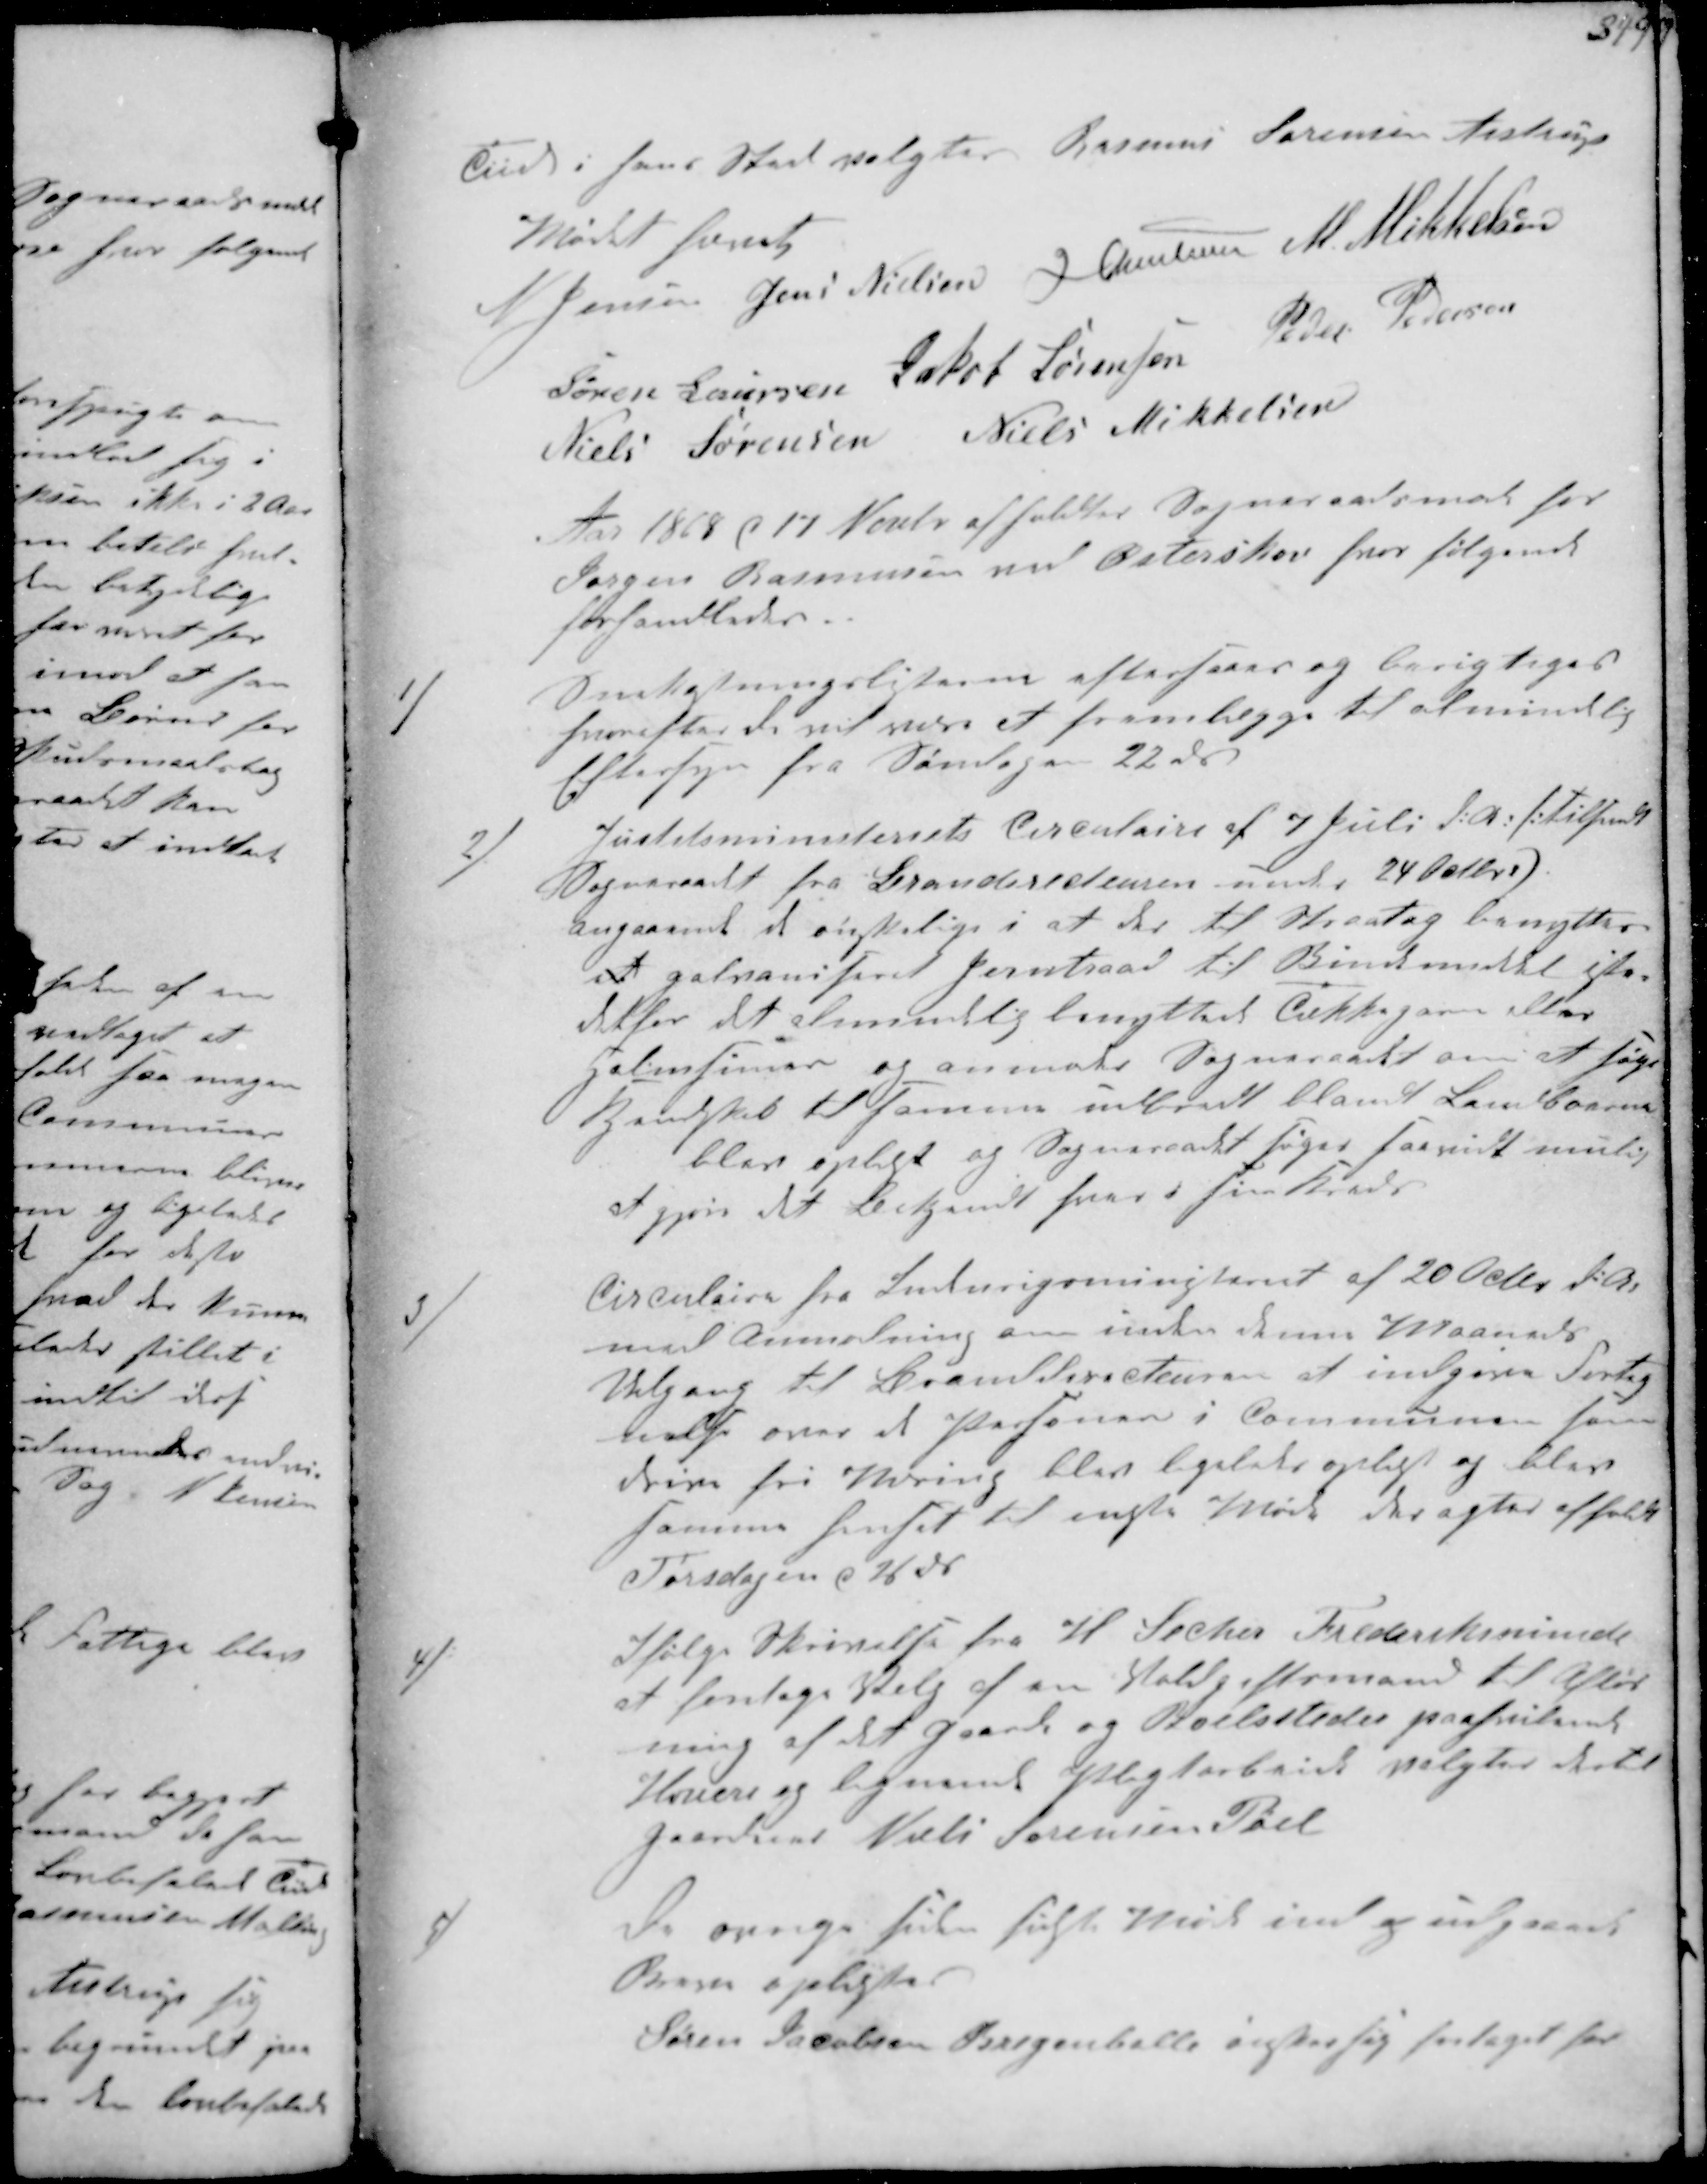
Transskription:
Tiid i hans Sted valgtes Rasmus Sørensen Ajstrup
Mødet hævet
N Jensen Jens Nielsen J Christensen M. Mikkelsen
Søren Laursen Jacob Sørensen Peder Pedersen
Niels Sørensen Niels Mikkelsen
Aar 1868 d 17 Novbr afholdtes Sogneraadsmøde hos
Jørgen Rasmussen ved Østerskov hvor følgende
forhandledes.

1/
Snekastningslisterne eftersaaes og berigtiges
hvorefter de vil være at fremlægge til almindelig
Eftersyn fra Søndagen 22 ds
2/
Justitsministeriets Circulaire af 7 Juli d.A. tilsendt
Sogneraadet fra Brandmesteren under 24 Octbr 
angaaende et ønskelige i at der til Hverdag benyttes
en galvaniseret Jerntraad til Bindemiddel iste-
det for det almindelig benyttede Cikkagarn eller
Halmsimer og anmode Sogneraadet om at søge
Kjendskab til samme indhold blandt Landboerne
blev oplæst og Sogneraadet søger saavidt mulig
at gjøre det bekjendt hver i sin Kreds
3/
Circulaire fra Indenrigsministeriet af 20 Octbr d.A.
med Anmodning om inden denne Maaneds
Udgang til Brand Directeuren at indgive Forteg-
nelse over de Personer i Kommunen som
driver fri Næring blev ligeledes oplæst og blev
samme henset til næste Møde der agtes afholdt
Torsdagen d 26 ds
4/
Ifølge Skrivelse fra Hr Secher Frederiksminde
at foretage Valg af en Volgiftsmand til Afløs-
ning af det Gaarde og Boelsteder paahvilende
Hoveri og lignende Pligtarbeide valgtes dertil
Gaardeier Niels Sørensen Pøel
5/
De øvrige siden sidste Møde ind og undgaaende
Breve oplæstes
Søren Jacobsen Bregenballe ønsker sig fritaget for